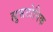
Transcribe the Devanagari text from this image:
ह्युसटोनिक